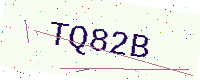
Text: TQ82B